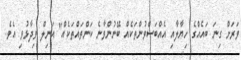
ވަރަށް ގިނަ ބައެއްގެ ހިޔާލާއި އެއްބަސްވުންތަކެއް ބޭނުންވާނެ ކަންތައްތަކެއް" އަނިލް ވިދާޅުވި އެވެ.